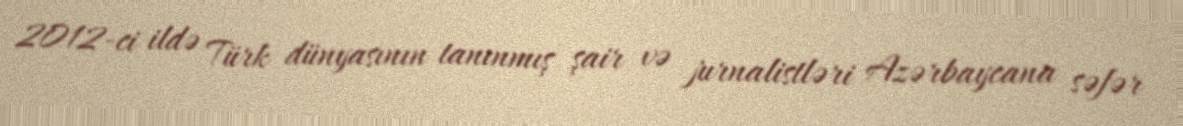
2012-ci ildə Türk dünyasının tanınmış şair və jurnalistləri Azərbaycana səfər